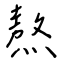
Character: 熬